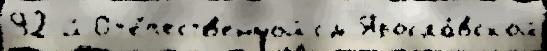
92-й От'е́честв'енной см Яросла́вской